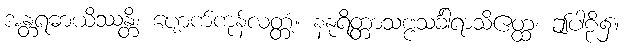
အန္တရဓာယိဿန္တိ၊ ပျောက်ကုန်လတ္တံ့။ နနုရိတ္တာသဗ္ဗသင်္ခါရာသိဧတ္ထ၊ ဤပါဠိ၌။